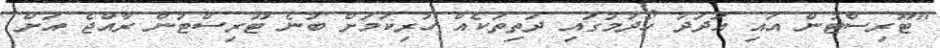
"ޓޫރިސްޓުން އައި އަދަދު ހޯދުމުގައި ދަތިތަކެއް ހުރިކަމަށް ބުނެ ޓޫރިސްޓުން ރާއްޖެ އަށް